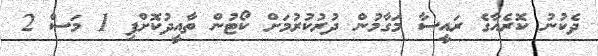
ދެކުނު ކޮރެއާގެ ރައީސާ މަގާމުން ދުރުކުރުމަށް ކޯޓުން ތާއީދުކޮށްފި 1 މަސް 2